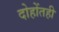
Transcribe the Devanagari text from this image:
दोहोंतही